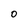
Character: 0